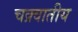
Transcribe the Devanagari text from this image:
चक्र्वातीय